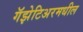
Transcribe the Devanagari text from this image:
गॅझेटिअरमधील